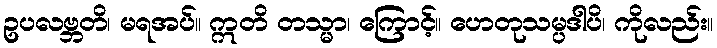
ဥပလဗ္ဘတိ၊ မရအပ်။ ဣတိ တသ္မာ၊ ကြောင့်။ ဟေတုသမ္ပဒါပိ၊ ကိုလည်း။